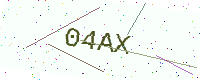
Text: 04AX